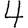
Digit: 4